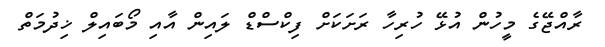
ރާއްޖޭގެ މީހުން އުޅޭ ހުރިހާ ރަށަކަށް ފިކްސްޑް ލައިން އާއި މޯބައިލް ޚިދުމަތް